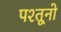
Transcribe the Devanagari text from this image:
पश्तूनो